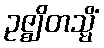
ဥဇ္ဈိတသ္မိံ